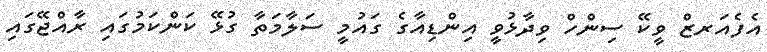
އެފެއަރޒް ވީކޭ ސިންހް ވިދާޅުވީ އިންޑިއާގެ ގައުމީ ސަލާމަތާ ގުޅޭ ކަންކަމުގައި ރާއްޖޭގައި